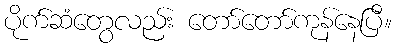
ပိုက်ဆံတွေလည်း တော်တော်ကုန်နေပြီ။